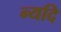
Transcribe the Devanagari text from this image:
न्यदि